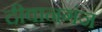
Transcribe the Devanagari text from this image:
दीवानगंज